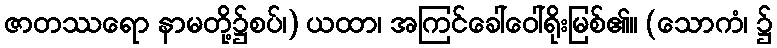
ဇာတဿရော နာမတို့၌စပ်၊) ယထာ၊ အကြင်ခေါ်ဝေါ်ရိုးမြစ်၏။ (သောကံ၊ ၌